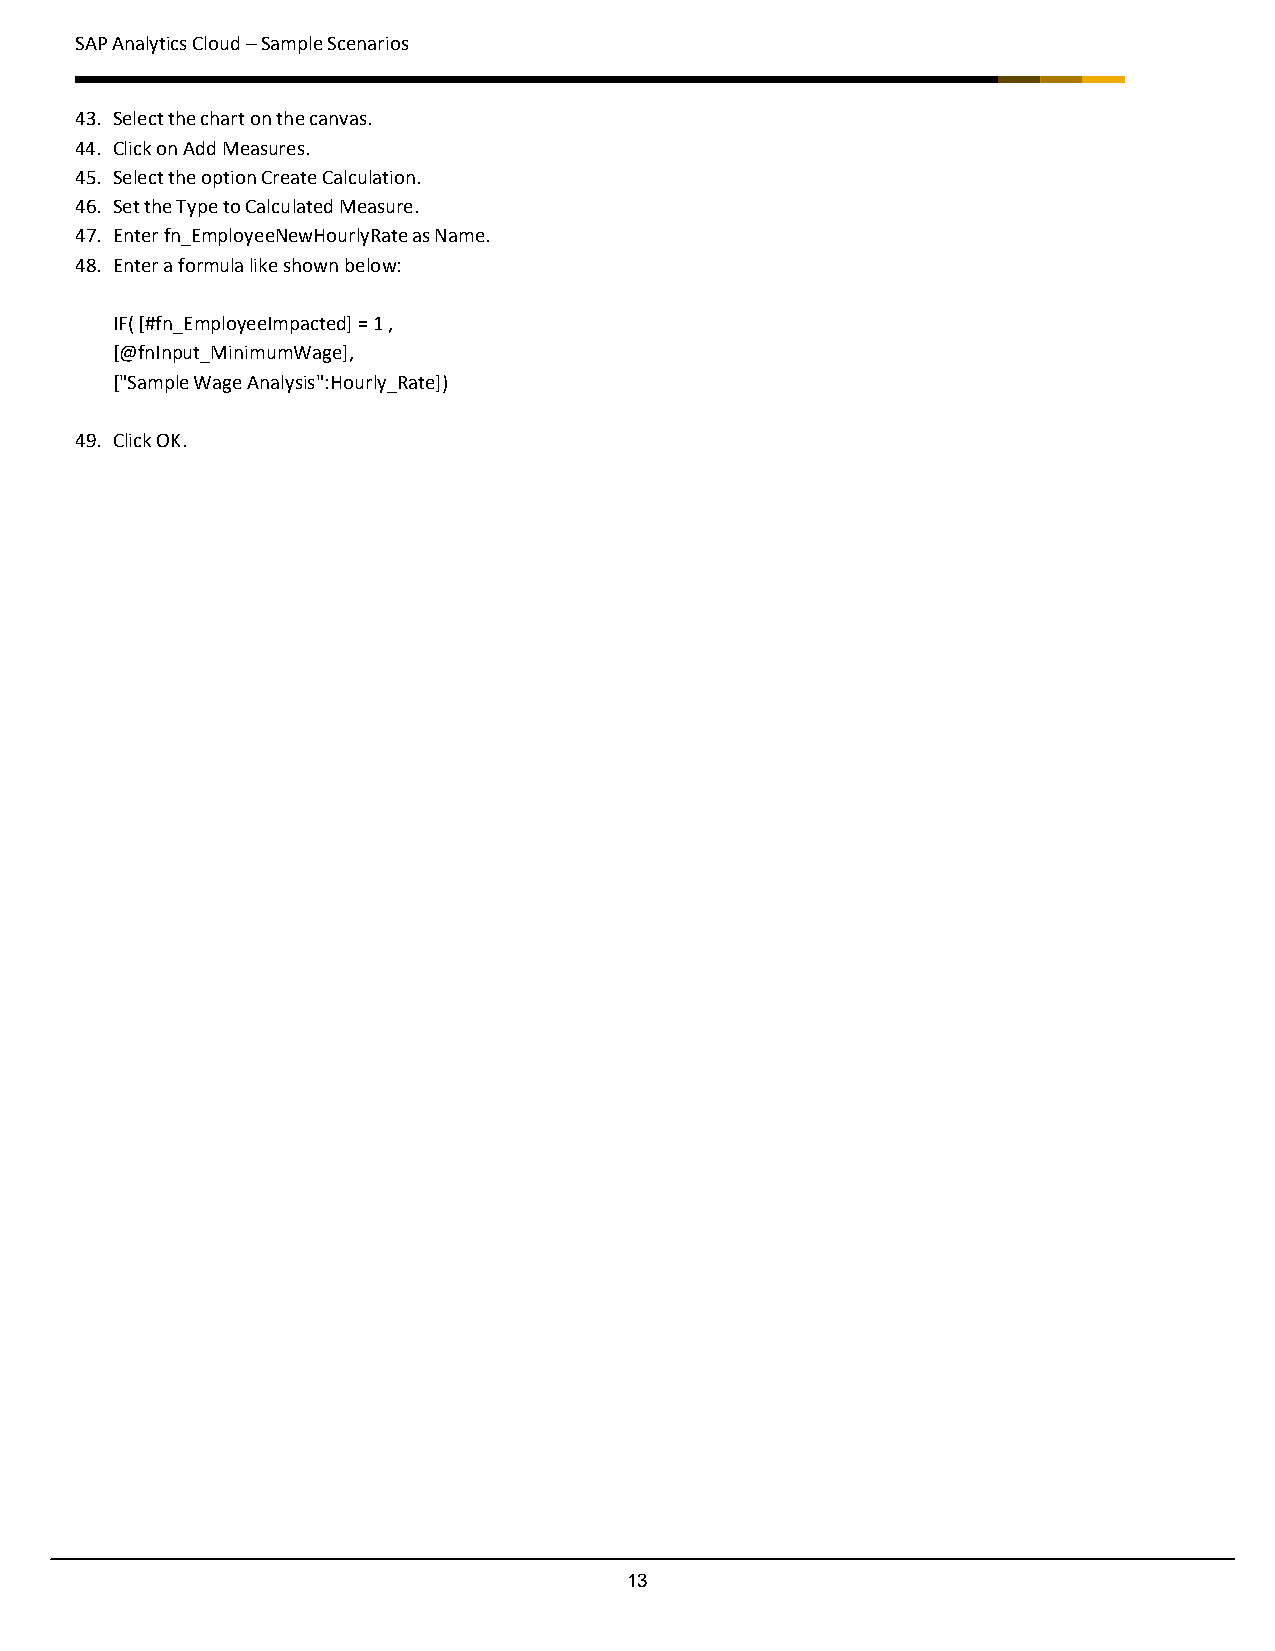
SAP Analytics Cloud – Sample Scenarios
 43. Select the chart on the canvas.
 44. Click on Add Measures.
 45. Select the option Create Calculation.
 46. Set the Type to Calculated Measure.
 47. Enter fn_EmployeeNewHourlyRate as Name.
 48. Enter a formula like shown below:
 IF( [#fn_EmployeeImpacted] = 1 ,
 [@fnInput_MinimumWage],
 ["Sample Wage Analysis":Hourly_Rate])
 49. Click OK.
 13